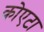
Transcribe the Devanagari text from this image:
कोएटा